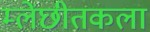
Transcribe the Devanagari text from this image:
म्लेंछीतकला